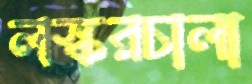
লস্করচালা